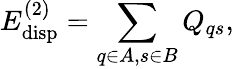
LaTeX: E_{\mathrm{disp}}^{(2)}=\sum_{q\in A,s\in B}Q_{qs},